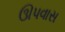
ઊપવાસ